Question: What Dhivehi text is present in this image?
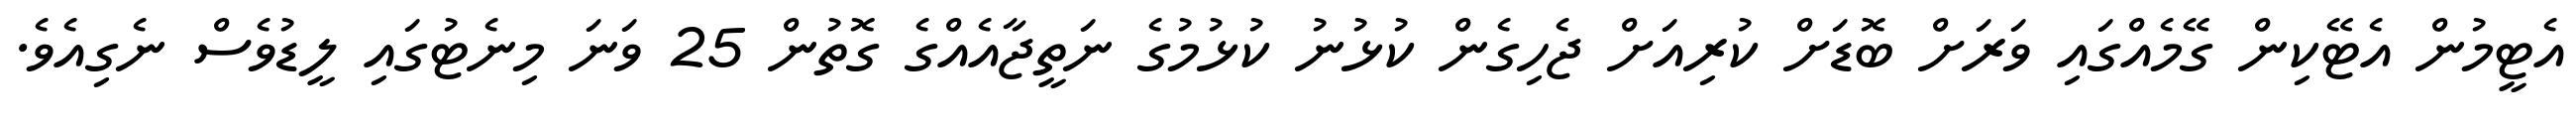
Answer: އެޓީމުން އެޓޭކިން ގޭމެއްގައި ވަރަށް ބޮޑަށް ކުރިއަށް ޖެހިގެން ކުޅުނު ކުޅުމުގެ ނަތީޖާއެއްގެ ގޮތުން 25 ވަނަ މިނެޓުގައި ލީޑުވެސް ނެގިއެވެ.